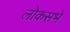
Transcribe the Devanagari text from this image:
लोकसभे